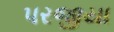
પરજીયા